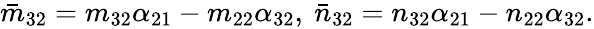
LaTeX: \begin{array}{r}{\bar{m}_{32}=m_{32}\alpha_{21}-m_{22}\alpha_{32},~\bar{n}_{32}=n_{32}\alpha_{21}-n_{22}\alpha_{32}.}\end{array}